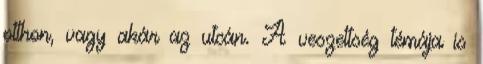
otthon, vagy akár az utcán. A veszettség témája is